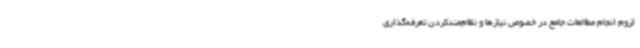
لزوم انجام مطالعات جامع در خصوص نیازها و نظام‌مندکردن تعرفه‌گذاری